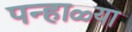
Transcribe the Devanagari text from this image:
पन्हाळ्या